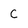
Character: C